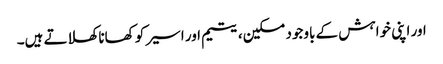
اور اپنی خواہش کے باوجود مسکین، یتیم اور اسیر کو کھانا کھلاتے ہیں۔